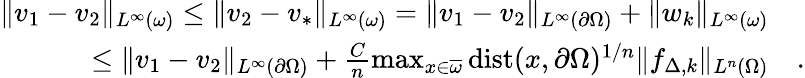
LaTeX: \begin{array}{rl}{\| v_{1}-v_{2}\| _{L^{\infty}(\omega)}\leq\| v_{2}-v_{*}\| _{L^{\infty}(\omega)}=\| v_{1}-v_{2}\| _{L^{\infty}(\partial\Omega)}+\| w_{k}\| _{L^{\infty}(\omega)}}&{}\\ {\leq\| v_{1}-v_{2}\| _{L^{\infty}(\partial\Omega)}+\frac{C}{n}\operatorname*{max}_{x\in\overline{{\omega}}}\mathrm{dist}(x,\partial\Omega)^{1/n}\| f_{\Delta,k}\| _{L^{n}(\Omega)}}&{.}\end{array}